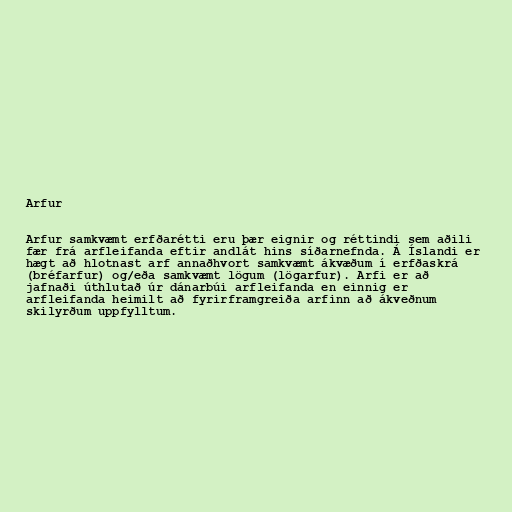
Arfur

Arfur samkvæmt erfðarétti eru þær eignir og réttindi sem aðili
fær frá arfleifanda eftir andlát hins síðarnefnda. Á Íslandi er
hægt að hlotnast arf annaðhvort samkvæmt ákvæðum í erfðaskrá
(bréfarfur) og/eða samkvæmt lögum (lögarfur). Arfi er að
jafnaði úthlutað úr dánarbúi arfleifanda en einnig er
arfleifanda heimilt að fyrirframgreiða arfinn að ákveðnum
skilyrðum uppfylltum.